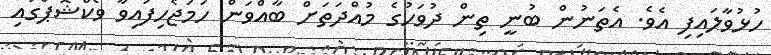
ހުޅުވާލައިފި އެވެ. އެތަނުން ބުނީ ތިން ދުވަހުގެ މުއްދަތަށް ބާއްވަން ހަމަޖެހިފައިވާ ވޯކްޝޮޕްގައި